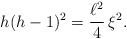
\begin{align*}h(h-1)^2=\frac{\ell^2}{4}\,\xi^2.\end{align*}